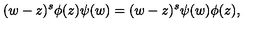
( w - z ) ^ { s } \phi ( z ) \psi ( w ) = ( w - z ) ^ { s } \psi ( w ) \phi ( z ) ,